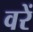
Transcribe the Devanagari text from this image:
वरें